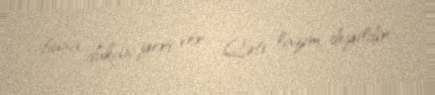
buna dükan yeri ver... Qəti lazım deyildir.